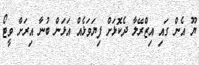
ޔޫ އެން ގައި އިޒްރޭލާ ދެކޮޅަށް ފިޔަވަޅެއް އަޅަން ބުނާ އިރަށް ވީޓޯ